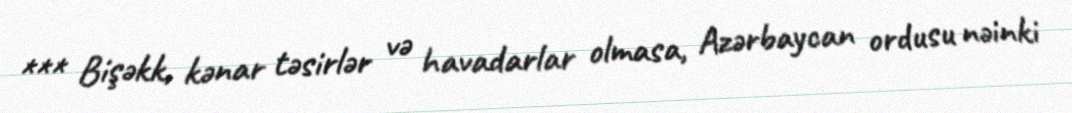
*** Bişəkk, kənar təsirlər və havadarlar olmasa, Azərbaycan ordusu nəinki